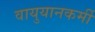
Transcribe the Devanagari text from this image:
वायुयानकर्मी